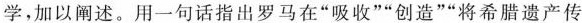
学，加以阐述。用一句话指出罗马在”吸收””创造””将希腊遗产传